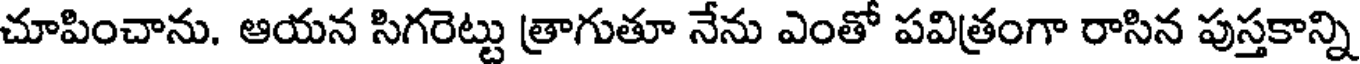
చూపించాను. ఆయన సిగరెట్టు త్రాగుతూ నేను ఎంతో పవిత్రంగా రాసిన పుస్తకాన్ని